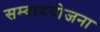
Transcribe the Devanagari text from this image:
सम्वादयोजना